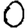
Digit: 0